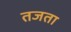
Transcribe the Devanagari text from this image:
तजता